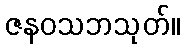
ဇနဝသဘသုတ်။